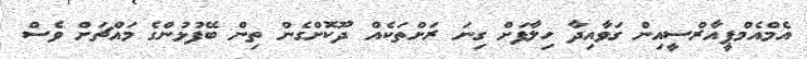
އެމްއެމްޕީއާރްސީއިން ގަވާއިދާ ހިލާފަށް ގިނަ ރަށްތަކެއް ދޫކޮށްގެން ތިން ބޭފުޅުންގެ މައްޗަށް ވެސް